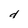
Character: d